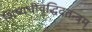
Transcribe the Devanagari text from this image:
शिष्यधीवृद्धिदतन्त्रम्